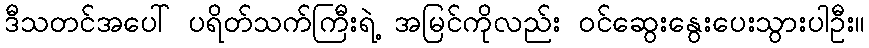
ဒီသတင်အပေါ် ပရိတ်သက်ကြီးရဲ့ အမြင်ကိုလည်း ဝင်ဆွေးနွေးပေးသွားပါဦး။